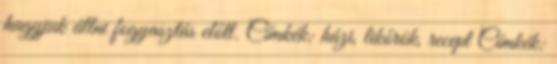
hagyjuk állni fogyasztás előtt. Címkék: házi, likőrök, recept Címkék: